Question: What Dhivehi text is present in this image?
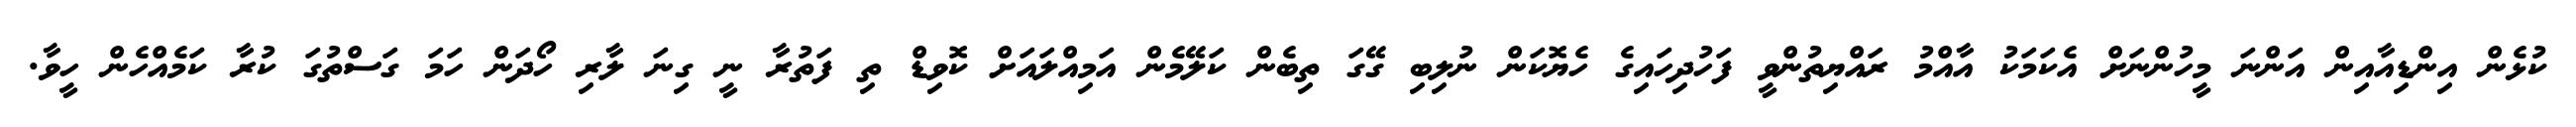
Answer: ކުޅެން އިންޑިއާއިން އަންނަ މީހުންނަށް އެކަމަކު އާއްމު ރައްޔިތުންވީ ފަހުދިހައިގެ ހެޔޮކަން ނުލިބި ގޭގަ ތިބެން ކަލޭމެން އަމިއްލައަށް ކޮވިޑް ތި ފަތުރާ ނީ ގިނަ ލާރި ހޯދަން ހަމަ ގަސްތުގަ ކުރާ ކަމެއްހެން ހީވާ.